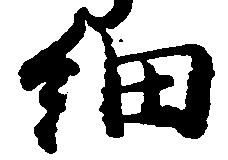
細